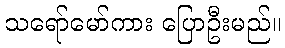
သရော်မော်ကား ပြောဦးမည်။